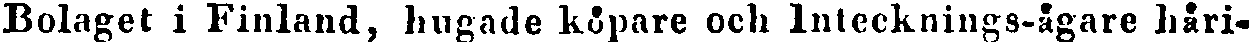
Bolaget i Finland, hugade köpare och Intecknings-ägare häri-